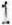
1